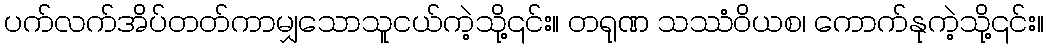
ပက်လက်အိပ်တတ်ကာမျှသောသူငယ်ကဲ့သို့၎င်း။ တရုဏ သဿံဝိယစ၊ ကောက်နုကဲ့သို့၎င်း။